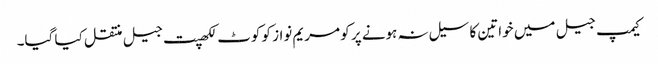
کیمپ جیل میں خواتین کا سیل نہ ہونے پر کو مریم نواز کو کوٹ لکھپت جیل منتقل کیا گیا۔